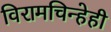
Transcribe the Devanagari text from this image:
विरामचिन्हेही